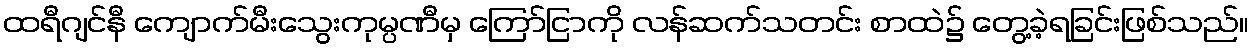
ထရီဂျင်နီ ကျောက်မီးသွေးကုမ္ပဏီမှ ကြော်ငြာကို လန်ဆက်သတင်း စာထဲ၌ တွေ့ခဲ့ရခြင်းဖြစ်သည်။